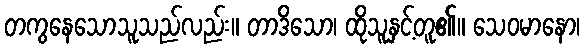
တကွနေသောသူသည်လည်း။ တာဒိသော၊ ထိုသူနှင့်တူ၏။ သေဝမာနော၊